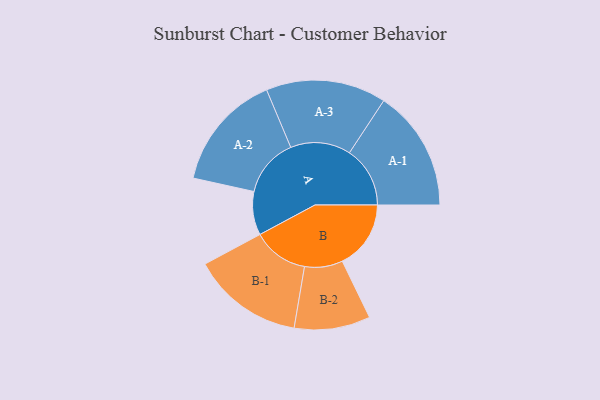
{"axis": {"x": "Segment", "y": "Value"}, "legend": ["", "A", "B"], "data": [{"x": "A", "y": 191, "type": ""}, {"x": "B", "y": 301, "type": ""}, {"x": "A-1", "y": 266, "type": "A"}, {"x": "A-2", "y": 257, "type": "A"}, {"x": "A-3", "y": 264, "type": "A"}, {"x": "B-1", "y": 245, "type": "B"}, {"x": "B-2", "y": 167, "type": "B"}]}